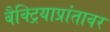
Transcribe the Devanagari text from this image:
बैक्ट्रियाप्रांतावर